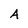
Character: A